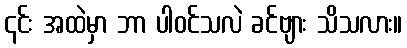
၎င်း အထဲမှာ ဘာ ပါဝင်သလဲ ခင်ဗျား သိသလား။